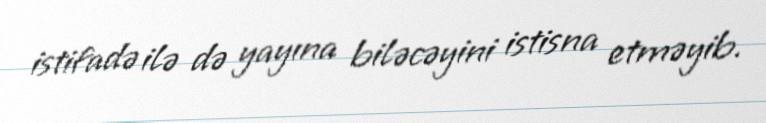
istifadə ilə də yayına biləcəyini istisna etməyib.